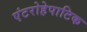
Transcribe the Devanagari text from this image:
एंटरोहेपाटिक